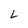
Character: L